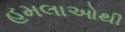
હમલાઓથી